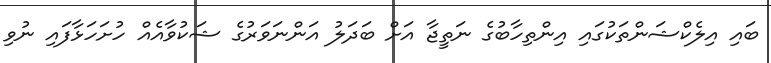
ބައި އިލެކްޝަންތަކުގައި އިންތިހާބުގެ ނަތީޖާ އަށް ބަދަލު އަންނަވަރުގެ ޝަކުވާއެއް ހުށަހަޅާފައި ނުވި